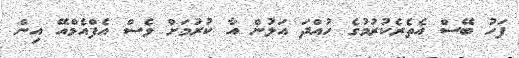
ފަހު ބޭސް އެތެރެކުރުމުގެ ހުއްދަ އަލުން އާ ކުރުމަށް ވެސް އެފްއެމްއޭ އިން